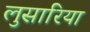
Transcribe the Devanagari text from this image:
लुसारिया